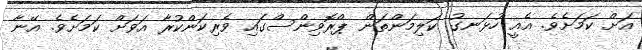
އަށް ކަމަށެވެ. އެއީ ހުޅަނގު ކަލިމަންތަން ޕްރޮވިންސްގައި ވެރިކަންކުރާ އަވަށް ކަމަށެވެ. އޭނާ